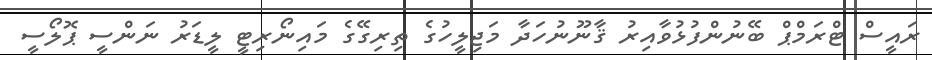
ރައީސް ޓްރަމްޕް ބޭނުންފުޅުވާއިރު ޤާނޫނުހަދާ މަޖިލީހުގެ ތިރިގޭގެ މައިނޯރިޓީ ލީޑަރު ނަންސީ ޕޮލޯސީ